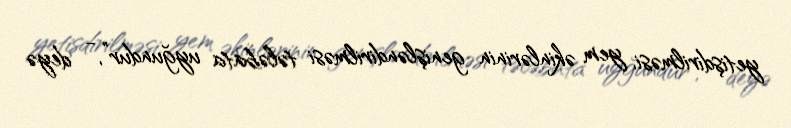
yetişdirilməsi, yem əkinlərinin genişləndirilməsi tələbata uyğundur”, - deyə